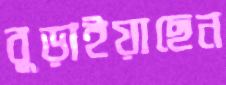
বুড়াইয়াছেন